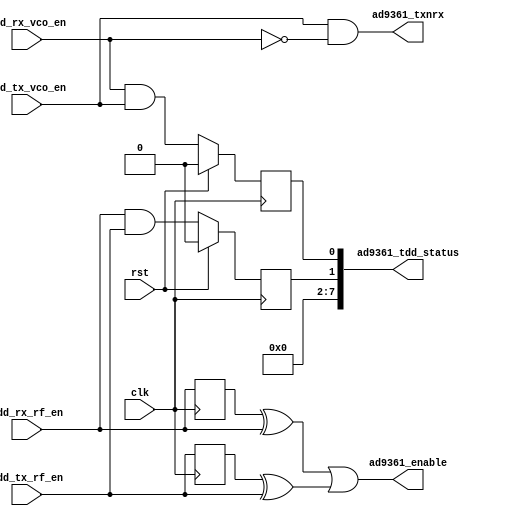
// This program was cloned from: https://github.com/Nitcloud/Digital-IDE
// License: GNU General Public License v3.0

// ***************************************************************************
// ***************************************************************************
// Copyright 2014 - 2017 (c) Analog Devices, Inc. All rights reserved.
//
// In this HDL repository, there are many different and unique modules, consisting
// of various HDL (Verilog or VHDL) components. The individual modules are
// developed independently, and may be accompanied by separate and unique license
// terms.
//
// The user should read each of these license terms, and understand the
// freedoms and responsibilities that he or she has by using this source/core.
//
// This core is distributed in the hope that it will be useful, but WITHOUT ANY
// WARRANTY; without even the implied warranty of MERCHANTABILITY or FITNESS FOR
// A PARTICULAR PURPOSE.
//
// Redistribution and use of source or resulting binaries, with or without modification
// of this file, are permitted under one of the following two license terms:
//
//   1. The GNU General Public License version 2 as published by the
//      Free Software Foundation, which can be found in the top level directory
//      of this repository (LICENSE_GPL2), and also online at:
//      <https://www.gnu.org/licenses/old-licenses/gpl-2.0.html>
//
// OR
//
//   2. An ADI specific BSD license, which can be found in the top level directory
//      of this repository (LICENSE_ADIBSD), and also on-line at:
//      https://github.com/analogdevicesinc/hdl/blob/master/LICENSE_ADIBSD
//      This will allow to generate bit files and not release the source code,
//      as long as it attaches to an ADI device.
//
// ***************************************************************************
// ***************************************************************************

`timescale 1ns/1ps

module axi_ad9361_tdd_if#(

  parameter       LEVEL_OR_PULSE_N = 0) (

  // clock

  input                   clk,
  input                   rst,

  // control signals from the tdd control

  input                   tdd_rx_vco_en,
  input                   tdd_tx_vco_en,
  input                   tdd_rx_rf_en,
  input                   tdd_tx_rf_en,

  // device interface

  output                  ad9361_txnrx,
  output                  ad9361_enable,

  // interface status

  output      [ 7:0]      ad9361_tdd_status);


  localparam      PULSE_MODE = 0;
  localparam      LEVEL_MODE = 1;

  // internal registers


  reg             tdd_vco_overlap = 1'b0;
  reg             tdd_rf_overlap = 1'b0;

  wire            ad9361_txnrx_s;
  wire            ad9361_enable_s;

  // just one VCO can be enabled at a time
  assign ad9361_txnrx_s = tdd_tx_vco_en & ~tdd_rx_vco_en;

  generate
  if (LEVEL_OR_PULSE_N == PULSE_MODE) begin
    reg  tdd_rx_rf_en_d = 1'b0;
    reg  tdd_tx_rf_en_d = 1'b0;
    always @(posedge clk) begin
      tdd_rx_rf_en_d <= tdd_rx_rf_en;
      tdd_tx_rf_en_d <= tdd_tx_rf_en;
    end
    assign ad9361_enable_s = (tdd_rx_rf_en_d ^ tdd_rx_rf_en) ||
                             (tdd_tx_rf_en_d ^ tdd_tx_rf_en);
  end else
    assign ad9361_enable_s = (tdd_rx_rf_en | tdd_tx_rf_en);
  endgenerate

  always @(posedge clk) begin
    if(rst == 1'b1) begin
      tdd_vco_overlap <= 1'b0;
      tdd_rf_overlap <= 1'b0;
    end else begin
      tdd_vco_overlap <= tdd_rx_vco_en & tdd_tx_vco_en;
      tdd_rf_overlap <= tdd_rx_rf_en & tdd_tx_rf_en;
    end
  end

  assign ad9361_tdd_status = {6'b0, tdd_rf_overlap, tdd_vco_overlap};

  assign ad9361_txnrx = ad9361_txnrx_s;
  assign ad9361_enable = ad9361_enable_s;

endmodule